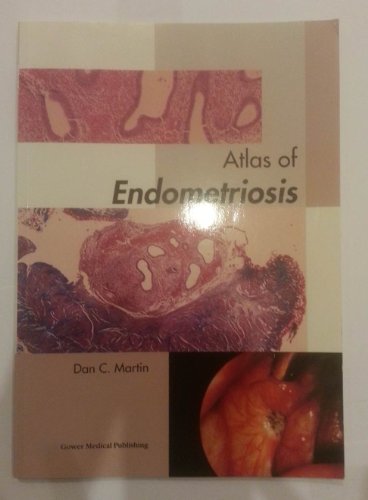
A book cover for Atlas of Endometriosis; Health, Fitness & Dieting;